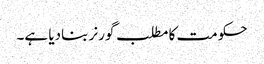
حکومت کا مطلب گورنر بنادیا ہے۔